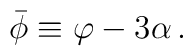
\bar{\phi} \equiv \varphi-3\alpha \, .